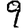
Digit: 9